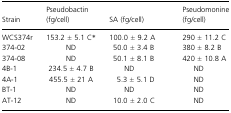
| Strain | Pseudobactin (fg/cell) | SA (fg/cell) | Pseudomonine(fg/cell) |
 | --- | --- | --- | --- |
 | WCS374r | 153.2 ± 5.1 C* | 100.0 ± 9.2 A | 290 ± 11.2 C |
 | 374-02 | ND | 50.0 ± 3.4 B | 380 ± 8.2 B |
 | 374-08 | ND | 50.1 ± 8.1 B | 420 ± 10.8 A |
 | 4B-1 | 234.5 ± 4.7 B | ND | ND |
 | 4A-1 | 455.5 ± 21 A | 5.3 ± 5.1 D | ND |
 | BT-1 | ND | ND | ND |
 | AT-12 | ND | 10.0 ± 2.0 C | ND |